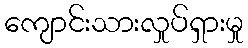
ကျောင်းသားလှုပ်ရှားမှု